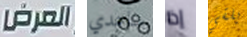
العرض ساعدي إذا يلقي